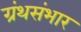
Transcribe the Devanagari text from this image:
ग्रंथसंभार